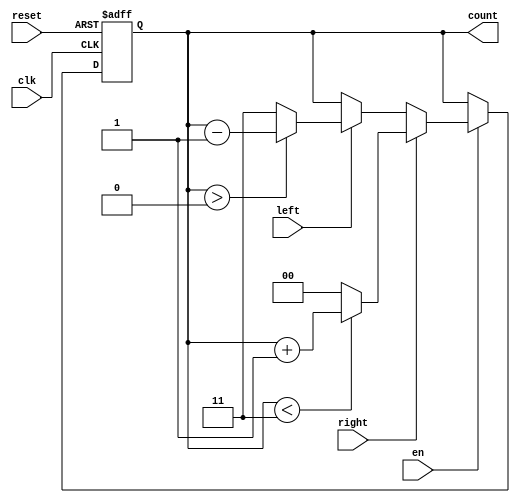
`timescale 1ns / 1ps
//////////////////////////////////////////////////////////////////////////////////

module adjust_pos #(parameter x=2)(clk ,en, reset, right, left ,count); //  up' / down       //change the last position ??
input en,reset,right , left,clk;
output reg [x-1:0] count;
//reg [n-1:0]countM;
always @ (posedge clk or posedge reset) begin
if(reset)
count<=0;
else
    if(en)
        if(right)
            if(count < 3)
            count <=count+1;
             else
             count <= 0;
        else
        if(left)
            if(count > 0)
            count <= count - 1;
            else
            count <= 3;

end
endmodule